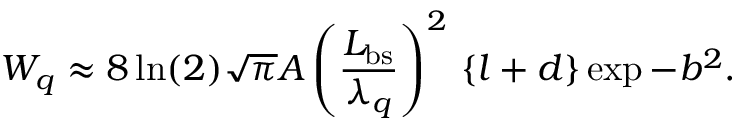
W _ { q } \approx 8 \ln ( 2 ) \sqrt { \pi } A \left( \frac { L _ { \mathrm { b s } } } { \lambda _ { q } } \right) ^ { 2 } \, \left\{ l + d \right\} \exp { - b ^ { 2 } } .